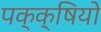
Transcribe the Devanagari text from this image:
पक्क्षियो